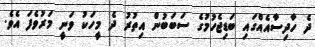
ދެ ހާދިސާއެއްގައި ބަޑިޖެހުމުގެ ސަބަބުން އިތުރު ދެ މީހަކު ވަނީ މަރުވެފަ އެވެ.